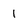
Character: l